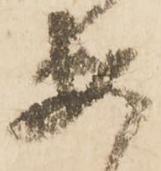
安